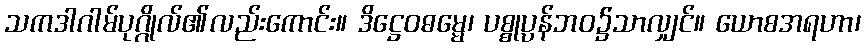
သကဒါဂါမ်ပုဂ္ဂိုလ်၏လည်းကောင်း။ ဒိဋ္ဌေဝဓမ္မေ၊ ပစ္စုပ္ပန်ဘဝ၌သာလျှင်။ ယောစအရဟာ၊